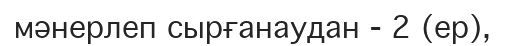
мәнерлеп сырғанаудан - 2 (ер),